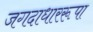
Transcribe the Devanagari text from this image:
जगदाधाररूपा